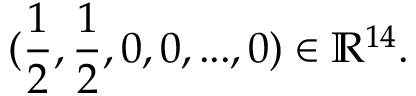
( \frac 1 2 , \frac 1 2 , 0 , 0 , . . . , 0 ) \in \mathbb { R } ^ { 1 4 } .